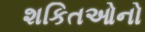
શકિતઓનો